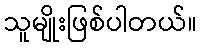
သူမျိုးဖြစ်ပါတယ်။